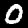
Digit: 0